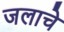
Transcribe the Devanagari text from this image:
जलाचे